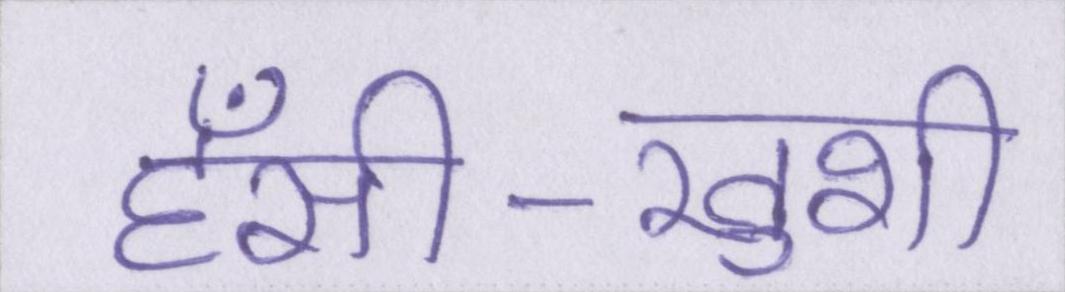
हँसी-खुशी